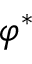
\varphi ^ { * }